Lunatic asylums Punjab 1911-1921 - 1911-1921
Year: 1911
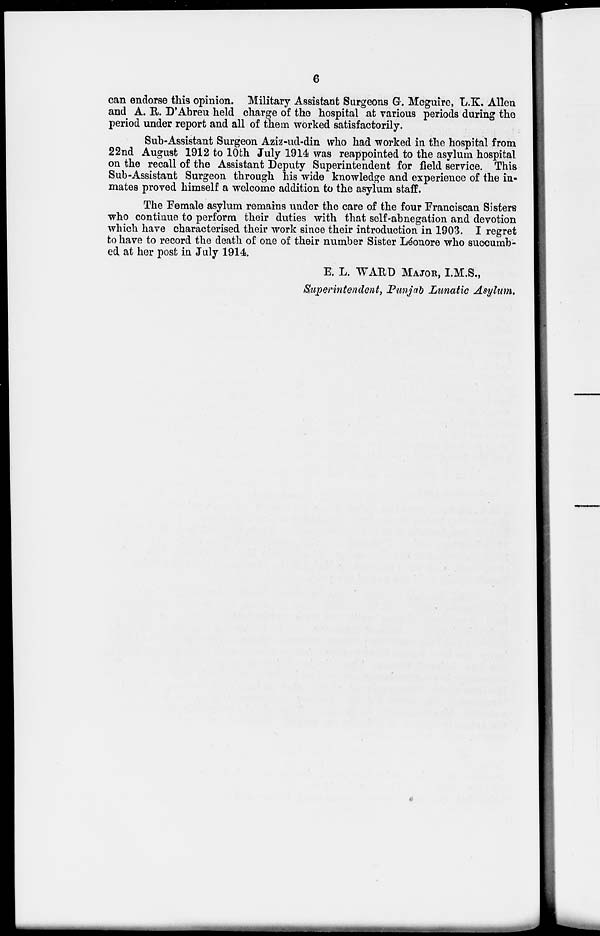
6
can endorse this opinion. Military Assistant Surgeons G. Mcguire, L.K. Allen
and A. R. D'Abreu held charge of the hospital at various periods during the
period under report and all of them worked satisfactorily.
Sub-Assistant Surgeon Aziz-ud-din who had worked in the hospital from
22nd August 1912 to 10th July 1914 was reappointed to the asylum hospital
on the recall of the Assistant Deputy Superintendent for field service. This
Sub-Assistant Surgeon through his wide knowledge and experience of the in-
mates proved himself a welcome addition to the asylum staff.
The Female asylum remains under the care of the four Franciscan Sisters
who continue to perform their duties with that self-abnegation and devotion
which have characterised their work since their introduction in 1903. I regret
to have to record the death of one of their number Sister Léonore who succumb-
ed at her post in July 1914.
E. L. WARD MAJOR, I.M.S.,
Superintendent, Punjab Lunatic Asylum.